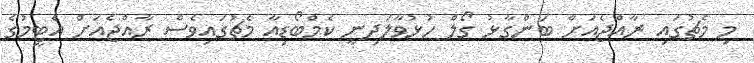
މި މެޗުގައި ރާއްޖެއަށް ބަންގާޅު ގޯލް ހުޅުވާލަދިނީ ކެމްބޯޑިއާ މެޗުގައިވެސް ރާއްޖެއަށް އެޓީމުގެ